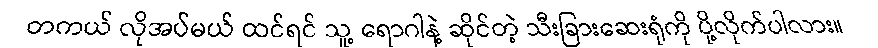
တကယ် လိုအပ်မယ် ထင်ရင် သူ့ ရောဂါနဲ့ ဆိုင်တဲ့ သီးခြားဆေးရုံကို ပို့လိုက်ပါလား။